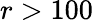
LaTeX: r>100